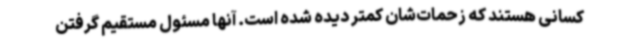
کسانی هستند که زحمات‌شان کمتر دیده شده است. آنها مسئول مستقیم گرفتن